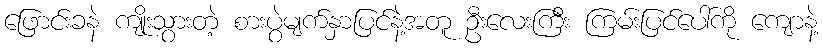
ဖြောင်းခနဲ ကျိုးသွားတဲ့ စားပွဲမျက်နှာပြင်နဲ့အတူ ဦးလေးကြီး ကြမ်းပြင်ပေါ်ကို ကျောနဲ့